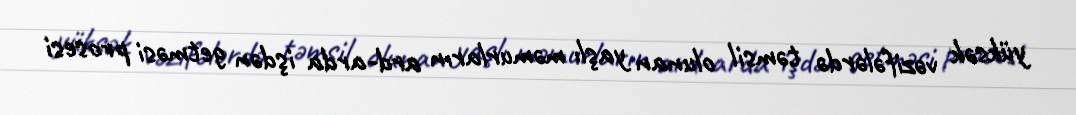
yüksək vəzifələrdə təmsil olunan yaşlı məmurların ard-arda işdən getməsi prosesi